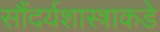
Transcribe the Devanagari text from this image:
सौंदर्यशास्त्राकडे